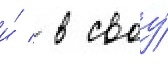
и́ / в своу́